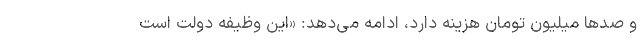
و صدها میلیون تومان هزینه دارد، ادامه می‌دهد: «این وظیفه دولت است